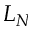
L _ { N }